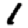
Digit: 1